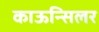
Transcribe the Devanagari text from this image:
काऊन्सिलर